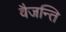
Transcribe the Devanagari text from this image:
वैजन्ति